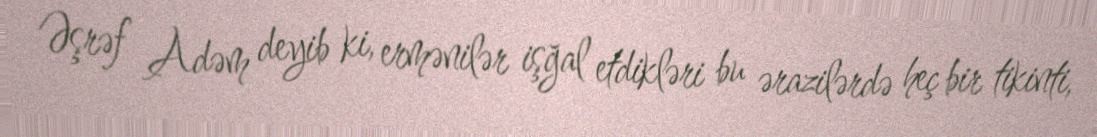
Əşrəf Adəm deyib ki, ermənilər işğal etdikləri bu ərazilərdə heç bir tikinti,